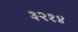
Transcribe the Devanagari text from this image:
३२१४